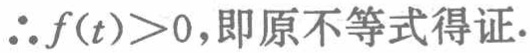
\(\therefore f(t)>0\)，即原不等式得证.